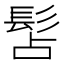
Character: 𩬑